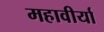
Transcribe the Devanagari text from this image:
महावीर्या